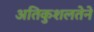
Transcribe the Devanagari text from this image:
अतिकुशलतेने